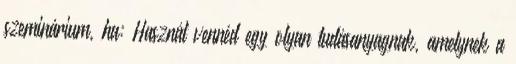
szeminárium, ha: Hasznát vennéd egy olyan tudásanyagnak, amelynek a